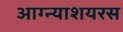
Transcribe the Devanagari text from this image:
आग्न्याशयरस